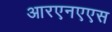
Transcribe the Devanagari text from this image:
आरएनएएस